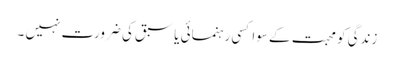
زندگی کو محبت کے سوا کسی رہنمائی یا سبق کی ضرورت نہیں ۔